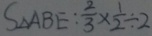
S _ { \Delta A B E } : \frac { 2 } { 3 } \times \frac { 1 } { 2 } \div 2